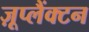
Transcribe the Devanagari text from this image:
ज़ूप्लैंक्टन